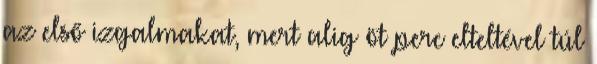
az első izgalmakat, mert alig öt perc elteltével túl